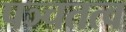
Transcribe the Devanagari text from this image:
पञ्चतत्व